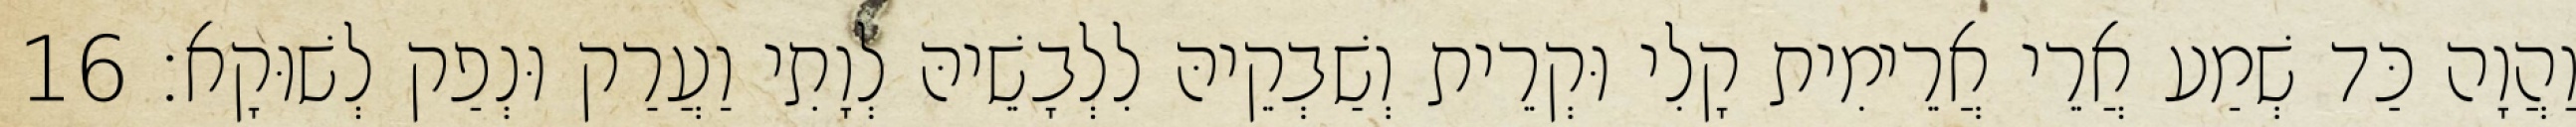
וַהֲוָה כַּד שְׁמַע אֲרֵי אֲרֵימִית קָלִי וּקְרֵית וְשַׁבְקֵיהּ לִלְבָשֵׁיהּ לְוָתִי וַעֲרַק וּנְפַק לְשׁוּקָא׃ 16